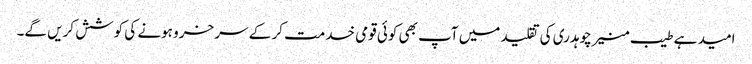
امید ہے طیب منیر چوہدری کی تقلید میں آپ بھی کوئی قومی خدمت کر کے سر خرو ہونے کی کوشش کریں گے۔